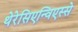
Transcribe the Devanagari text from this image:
थेरेसिएन्विएस्से